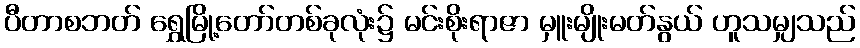
ပီတာစဘတ် ရွှေမြို့တော်တစ်ခုလုံး၌ မင်းစိုးရာဇာ မှူးမျိုးမတ်နွယ် ဟူသမျှသည်